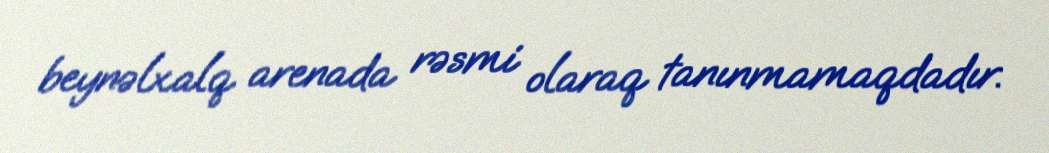
beynəlxalq arenada rəsmi olaraq tanınmamaqdadır.